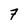
Character: 7